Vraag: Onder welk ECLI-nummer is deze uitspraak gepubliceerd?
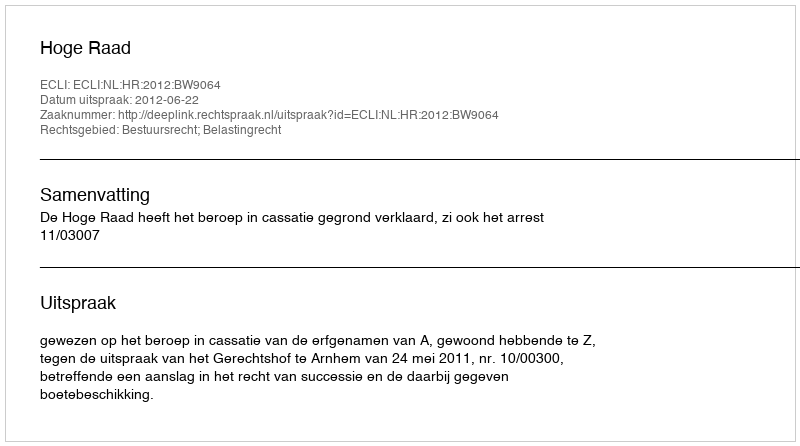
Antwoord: ECLI:NL:HR:2012:BW9064